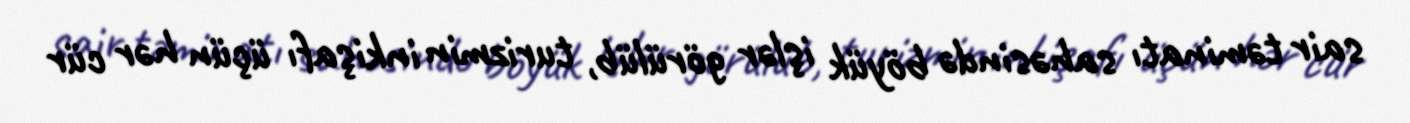
sair təminatı sahəsində böyük işlər görülüb, turizmin inkişafı üçün hər cür